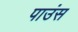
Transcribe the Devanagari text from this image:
पाउंस